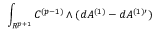
\int _ { R ^ { p + 1 } } C ^ { ( p - 1 ) } \wedge ( d A ^ { ( 1 ) } - d A ^ { ( 1 ) \prime } )